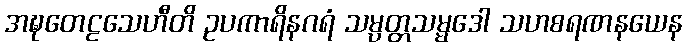
အဍ္ဎတေဠသေဟီတိ ဥပကာရိနဂရံ သမ္ပတ္တသမ္မဒေါ သဟစရဏနယေန